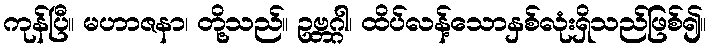
ကုန်ပြီ။ မဟာဇနာ၊ တို့သည်။ ဥဗ္ဘဂ္ဂါ၊ ထိပ်လန့်သောနှစ်လုံးရှိသည်ဖြစ်၍။